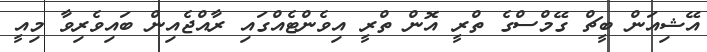
އޭޝިއަން ބީޗް ގޭމްސްގެ ތްރީ އޮން ތްރީ އިވެންޓެއްގައި ރާއްޖެއިން ބައިވެރިވާ މިއީ